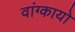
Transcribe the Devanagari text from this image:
वांग्कायो